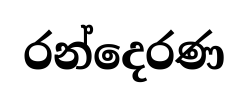
රන්දෙරණ